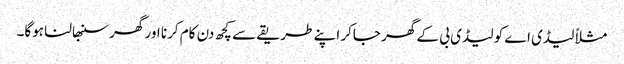
مثلاً لیڈی اے کو لیڈی بی کے گھر جاکر اپنے طریقے سے کچھ دن کام کرنا اور گھر سنبھالنا ہوگا۔